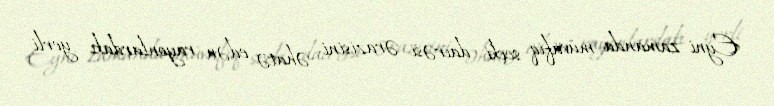
Eyni zamanda müvafiq seçki dairəsi ərazisini əhatə edən rayonlardakı yerli